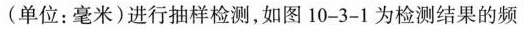
(单位：毫米)进行抽样检测，如图10-3-1为检测结果的频